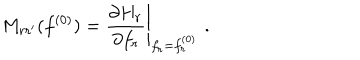
M _ { r r ^ { \prime } } ( f ^ { ( 0 ) } ) = \left. \frac { \partial H _ { r } } { \partial f _ { r } } \right| _ { f _ { r } = f _ { r } ^ { ( 0 ) } } \, \, .